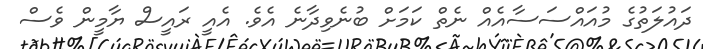
ދައުލަތުގެ މުއައްސަސާއެއް ނެތް ކަމަށް ބުނެވިދާނެ އެވެ. އެއީ ރައީސް ޔާމީން ވެސް